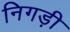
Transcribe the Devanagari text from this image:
निगड़ी